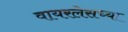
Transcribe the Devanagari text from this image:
वायरलेसच्या